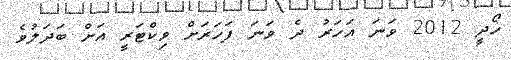
ހޯދީ 2012 ވަނަ އަހަރު ދެ ވަނަ ފަހަރަށް ވިކްޓަރީ އަށް ބަދަލުވެ